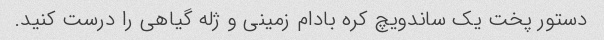
دستور پخت یک ساندویچ کره بادام زمینی و ژله گیاهی را درست کنید.